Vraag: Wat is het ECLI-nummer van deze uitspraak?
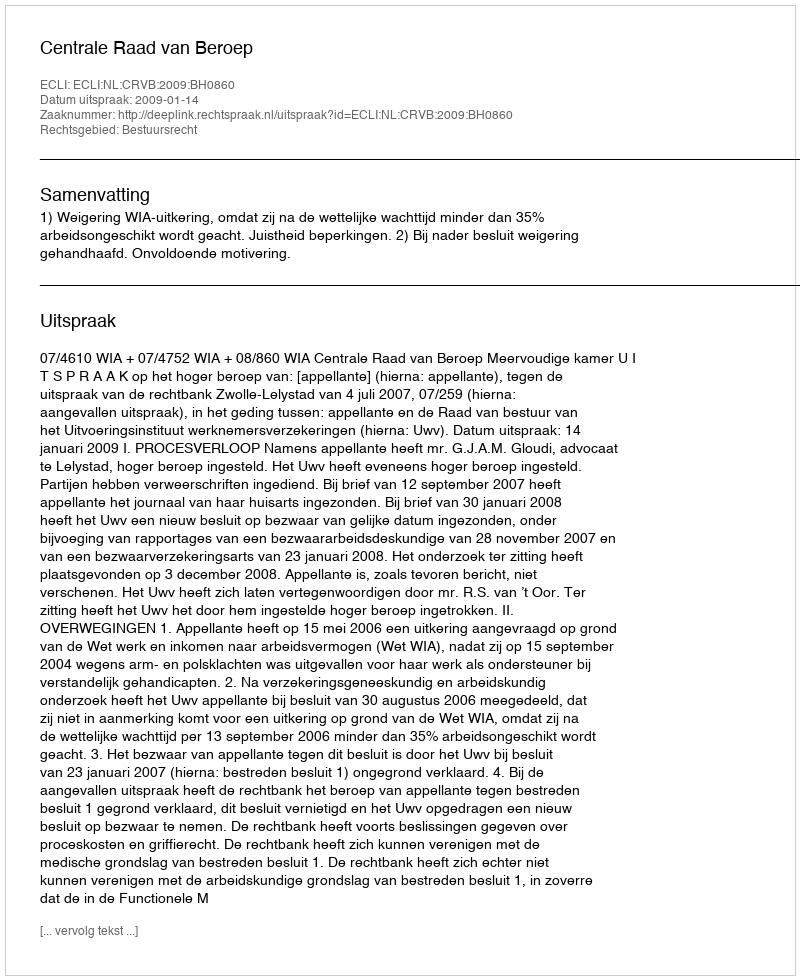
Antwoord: ECLI:NL:CRVB:2009:BH0860